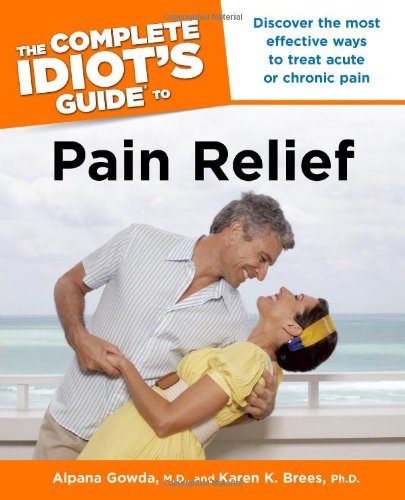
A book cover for The Complete Idiot's Guide to Pain Relief; Alpana Gowda M.D.; Health, Fitness & Dieting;